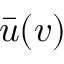
\bar { u } ( v )